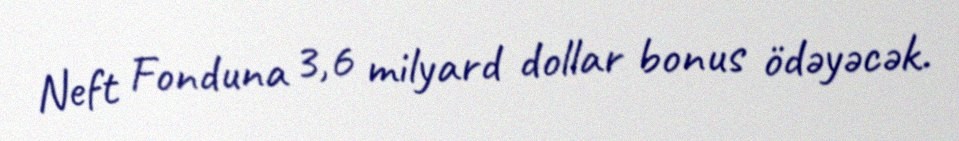
Neft Fonduna 3,6 milyard dollar bonus ödəyəcək.